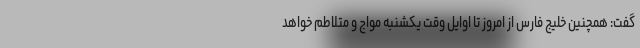
گفت: همچنین خلیج فارس از امروز تا اوایل وقت یکشنبه مواج و متلاطم خواهد